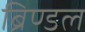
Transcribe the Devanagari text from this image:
ब्रिण्डल